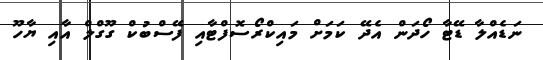
ނަޑެއްލާ ޑޭޓާ ހޯދަން އެދޭ ކަމަށް މައިކްރޯސޮފްޓާއި ފޭސްބުކް ގޫގްލް އާއި ޔާހޫ